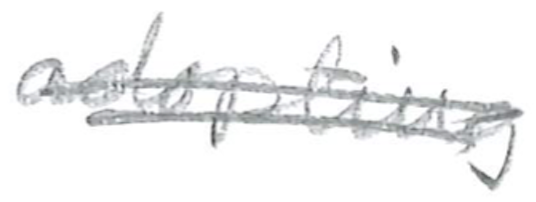
Text: adopting
Cross-out: double-line
Writing tool: pencil